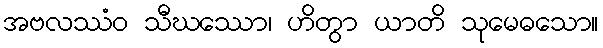
အဗလဿံဝ သီဃဿော၊ ဟိတွာ ယာတိ သုမေဓသော။